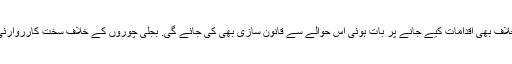
سکولوں میں بچوں کو جسمانی سزا دینے کے خلاف بھی اقدامات کیے جانے پر بات ہوئی اس حوالے سے قانون سازی بھی کی جائے گی. بجلی چوروں کے خلاف سخت کارروارئی کے حوالے سے بھی اقدامات کیے جائیں گے۔